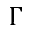
\Gamma